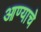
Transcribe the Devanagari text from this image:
आण्याचे